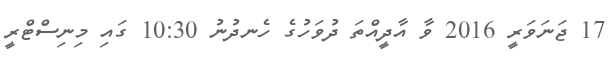
17 ޖަނަވަރީ 2016 ވާ އާދީއްތަ ދުވަހުގެ ހެނދުނު 10:30 ގައި މިނިސްޓްރީ